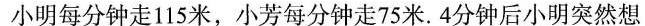
小明每分钟走115米，小芳每分钟走75米。4分钟后小明突然想